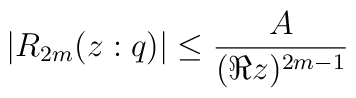
|R_{2m}(z:q)| \leq \frac{A}{(\Re z)^{2m-1}}